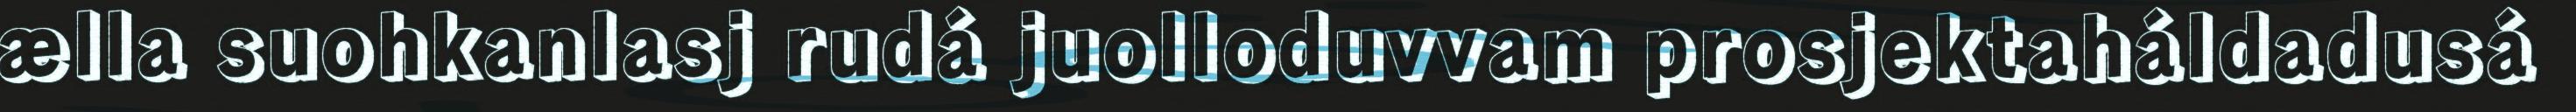
ælla suohkanlasj rudá juolloduvvam prosjektaháldadusá